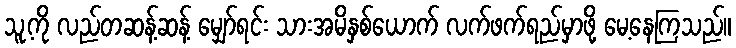
သူ့ကို လည်တဆန့်ဆန့် မျှော်ရင်း သားအမိနှစ်ယောက် လက်ဖက်ရည်မှာဖို့ မေ့နေကြသည်။